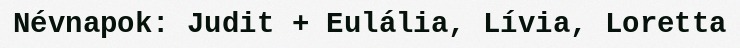
Névnapok: Judit + Eulália, Lívia, Loretta